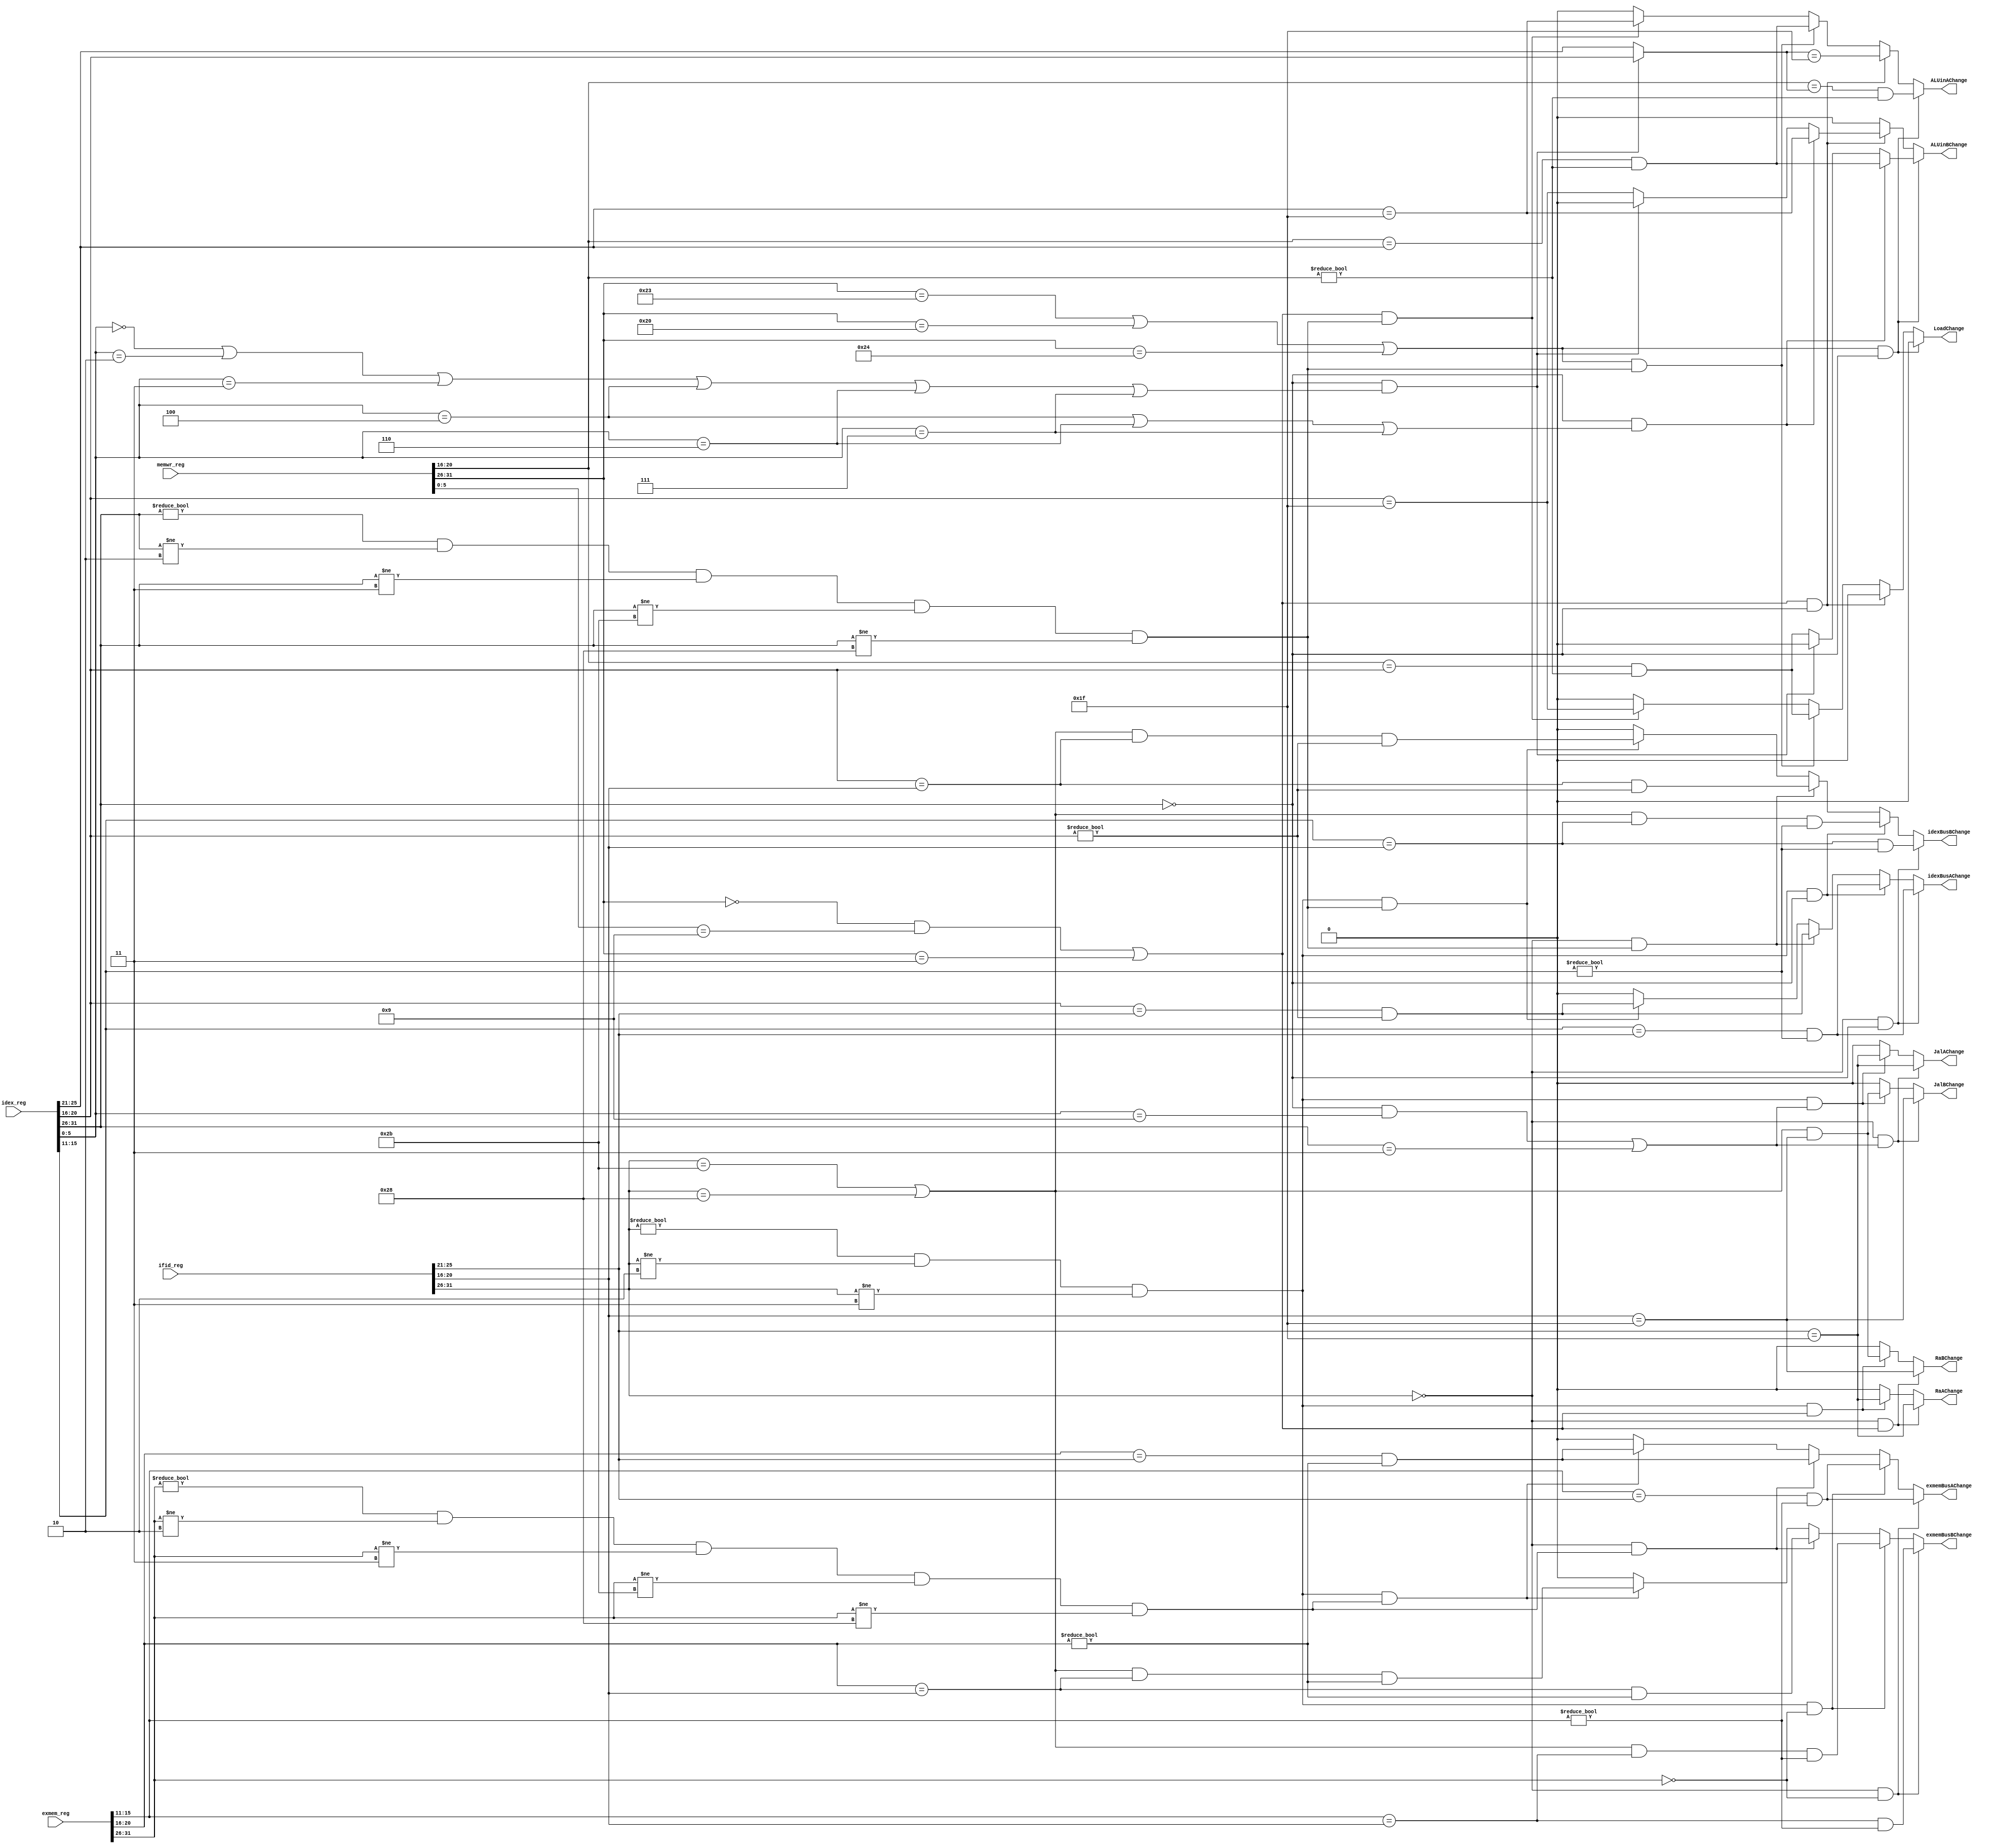
module forwarding
(
    ifid_reg,
    idex_reg,
    exmem_reg,
    memwr_reg,
    idexBusAChange,
    idexBusBChange,
    exmemBusAChange,
    exmemBusBChange,
    ALUinAChange,
    ALUinBChange,
    LoadChange,
    JalAChange,
    JalBChange,
    RaAChange,
    RaBChange
);

input wire[63:0] ifid_reg;
wire[5:0] ifid_op;
wire[4:0] ifid_rs,ifid_rt,ifid_rd;
input wire[159:0] idex_reg;
wire[5:0] idex_op,idex_funct;
wire[4:0] idex_rs,idex_rt,idex_rd;
input wire[127:0] exmem_reg,memwr_reg;
wire[5:0] exmem_op,exmem_funct,memwr_op,memwr_funct;
wire[4:0] exmem_rt,exmem_rd,memwr_rt;
wire idex_is_slsr;
wire ifid_is_rtype,ifid_is_itype,ifid_is_store;
wire idex_is_rtype,idex_is_itype,idex_is_jal;
wire exmem_is_rtype,exmem_is_itype;
wire memwr_is_load,memwr_is_jal;
wire ShiftA,ShiftB;
output reg idexBusAChange,idexBusBChange;
output reg exmemBusAChange,exmemBusBChange;
output reg ALUinAChange,ALUinBChange;
output reg LoadChange,JalAChange,JalBChange;
output reg RaAChange,RaBChange;

assign ifid_op=ifid_reg[31:26];
assign ifid_rs=ifid_reg[25:21];
assign ifid_rt=ifid_reg[20:16];
assign idex_op=idex_reg[31:26];
assign idex_rs=idex_reg[25:21];
assign idex_rt=idex_reg[20:16];
assign idex_rd=idex_reg[15:11];
assign idex_funct=idex_reg[5:0];
assign exmem_op=exmem_reg[31:26];
assign exmem_funct=exmem_reg[5:0];
assign exmem_rt=exmem_reg[20:16];
assign exmem_rd=exmem_reg[15:11];
assign memwr_op=memwr_reg[31:26];
assign memwr_funct=memwr_reg[5:0];
assign memwr_rt=memwr_reg[20:16];

assign ifid_is_rtype=(ifid_op==6'b000000);
assign ifid_is_itype=(ifid_op!=6'b000000 & ifid_op!=6'b000010 & ifid_op!=6'b000011);
assign ifid_is_store=(ifid_op==6'b101011 | ifid_op==6'b101000);
assign idex_is_rtype=(idex_op==6'b000000);
assign idex_is_itype=(idex_op!=6'b000000 & idex_op!=6'b000010 & idex_op!=6'b000011 & idex_op!=6'b101011 & idex_op!=6'b101000);
assign idex_is_jal=((idex_op==6'b000000 & idex_funct==6'b001001) | idex_op==6'b000011);
assign exmem_is_rtype=(exmem_op==6'b000000);
assign exmem_is_itype=(exmem_op!=6'b000000 & exmem_op!=6'b000010 & exmem_op!=6'b000011 & exmem_op!=6'b101011 & exmem_op!=6'b101000);
assign memwr_is_load=(memwr_op==6'b100011 | memwr_op==6'b100000 | memwr_op==6'b100100);
assign memwr_is_jal=((memwr_op==6'b000000 & memwr_funct==6'b001001) | memwr_op==6'b000011);
assign ShiftA=(
    idex_op==6'b000000 &&(
    idex_funct==6'b000000 |
    idex_funct==6'b000010 |
    idex_funct==6'b000011 |
    idex_funct==6'b000100 |
    idex_funct==6'b000110 |
    idex_funct==6'b000111
));
assign ShiftB=(
    idex_op==6'b000000 &&(
    idex_funct==6'b000100 |
    idex_funct==6'b000110 |
    idex_funct==6'b000111
));


always@(*) begin
    if(ifid_is_rtype & idex_is_rtype) begin
        idexBusAChange <= (idex_rd==ifid_rs && idex_rd!=5'd0);
        idexBusBChange <= (idex_rd==ifid_rt && idex_rd!=5'd0);
    end
    else if(ifid_is_itype & idex_is_rtype) begin
        idexBusAChange <= (idex_rd==ifid_rs && idex_rd!=5'd0);
        idexBusBChange <= (ifid_is_store && idex_rd==ifid_rt && idex_rd!=5'd0);
    end
    else if(ifid_is_rtype & idex_is_itype) begin
        idexBusAChange <= (idex_rt==ifid_rs && idex_rt!=5'd0);
        idexBusBChange <= (idex_rt==ifid_rt && idex_rt!=5'd0);
    end
    else if(ifid_is_itype & idex_is_itype) begin
        idexBusAChange <= (idex_rt==ifid_rs && idex_rt!=5'd0);
        idexBusBChange <= (ifid_is_store && idex_rt==ifid_rt && idex_rt!=5'd0);
    end
    else begin
        idexBusAChange <= 0;
        idexBusBChange <= 0;
    end

    if(ifid_is_rtype && idex_is_jal) begin
        JalAChange <= (ifid_rs==5'd31);
        JalBChange <= (ifid_rt==5'd31);
    end
    else if(ifid_is_itype && idex_is_jal) begin
        JalAChange <= (ifid_rs==5'd31);
        JalBChange <= (ifid_is_store && ifid_rt==5'd31);
    end
    else begin
        JalAChange <= 0;
        JalBChange <= 0;
    end

    if(ifid_is_rtype && memwr_is_jal) begin
        RaAChange <= (ifid_rs==5'd31);
        RaBChange <= (ifid_rt==5'd31);
    end
    else if(ifid_is_itype && memwr_is_jal) begin
        RaAChange <= (ifid_rs==5'd31);
        RaBChange <= (ifid_is_store && ifid_rt==5'd31);
    end
    else begin
        RaAChange <= 0;
        RaBChange <= 0;
    end

    if(ifid_is_rtype & exmem_is_rtype) begin
        exmemBusAChange <= (exmem_rd==ifid_rs && exmem_rd!=5'd0);
        exmemBusBChange <= (exmem_rd==ifid_rt && exmem_rd!=5'd0);
    end
    else if(ifid_is_itype & exmem_is_rtype) begin
        exmemBusAChange <= (exmem_rd==ifid_rs && exmem_rd!=5'd0);
        exmemBusBChange <= (ifid_is_store && exmem_rd==ifid_rt && exmem_rd!=5'd0);
    end
    else if(ifid_is_rtype & exmem_is_itype) begin
        exmemBusAChange <= (exmem_rt==ifid_rs && exmem_rt!=5'd0);
        exmemBusBChange <= (exmem_rt==ifid_rt && exmem_rt!=5'd0);
    end
    else if(ifid_is_itype & exmem_is_itype) begin
        exmemBusAChange <= (exmem_rt==ifid_rs && exmem_rt!=5'd0);
        exmemBusBChange <= (ifid_is_store && exmem_rt==ifid_rt && exmem_rt!=5'd0);
    end
    else begin
        exmemBusAChange <= 0;
        exmemBusBChange <= 0;
    end

    if(memwr_is_load & idex_is_rtype) begin
        ALUinAChange <= (memwr_rt==(ShiftA?idex_rt:idex_rs) && memwr_rt!=5'd0);
        if(ShiftB)
            ALUinBChange <= (memwr_rt==idex_rs && memwr_rt!=5'd0);
        else if(ShiftA)
            ALUinBChange <= 0;
        else
            ALUinBChange <= (memwr_rt==idex_rt && memwr_rt!=5'd0);
        LoadChange   <= 0;
    end
    else if(memwr_is_jal & idex_is_rtype) begin
        ALUinAChange <= ((ShiftA?idex_rt:idex_rs)==5'd31);
        if(ShiftB)
            ALUinBChange <= (idex_rs==5'd31);
        else if(ShiftA)
            ALUinBChange <= 0;
        else
            ALUinBChange <= (idex_rt==5'd31);
        LoadChange   <= 0;
    end
    else if(memwr_is_load & idex_is_itype) begin
        ALUinAChange <= (memwr_rt==idex_rs && memwr_rt!=5'd0);
        ALUinBChange <= 0;
        LoadChange   <= (memwr_rt==idex_rt && memwr_rt!=5'd0);
    end
    else if(memwr_is_jal & idex_is_itype) begin
        ALUinAChange <= (idex_rs==5'd31);
        ALUinBChange <= 0;
        LoadChange   <= (idex_rt==5'd31);
    end
    else begin
        ALUinAChange <= 0;
        ALUinBChange <= 0;
        LoadChange   <= 0;
    end
end

endmodule